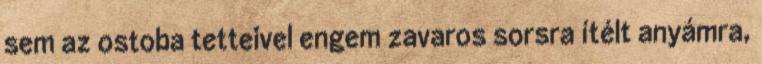
sem az ostoba tetteivel engem zavaros sorsra ítélt anyámra,